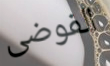
الفوضى